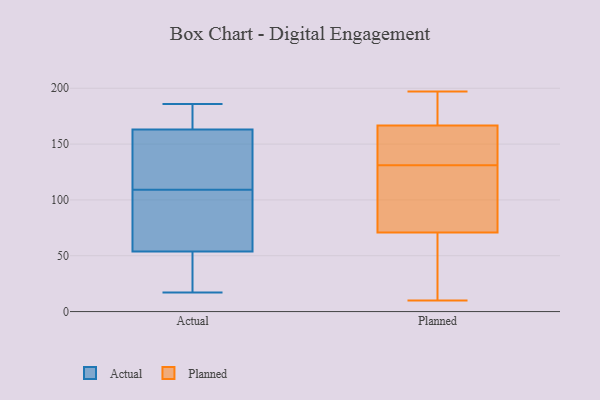
{"axis": {"x": "Population (Million)", "y": "Value"}, "legend": ["Actual", "Planned"], "data": [{"x": "", "y": 172, "type": "Actual"}, {"x": "", "y": 133, "type": "Actual"}, {"x": "", "y": 186, "type": "Actual"}, {"x": "", "y": 85, "type": "Actual"}, {"x": "", "y": 32, "type": "Actual"}, {"x": "", "y": 43, "type": "Actual"}, {"x": "", "y": 160, "type": "Actual"}, {"x": "", "y": 17, "type": "Actual"}, {"x": "", "y": 155, "type": "Actual"}, {"x": "", "y": 113, "type": "Actual"}, {"x": "", "y": 80, "type": "Actual"}, {"x": "", "y": 85, "type": "Actual"}, {"x": "", "y": 164, "type": "Actual"}, {"x": "", "y": 109, "type": "Actual"}, {"x": "", "y": 183, "type": "Actual"}, {"x": "", "y": 52, "type": "Actual"}, {"x": "", "y": 165, "type": "Actual"}, {"x": "", "y": 59, "type": "Actual"}, {"x": "", "y": 18, "type": "Actual"}, {"x": "", "y": 60, "type": "Planned"}, {"x": "", "y": 143, "type": "Planned"}, {"x": "", "y": 166, "type": "Planned"}, {"x": "", "y": 184, "type": "Planned"}, {"x": "", "y": 112, "type": "Planned"}, {"x": "", "y": 10, "type": "Planned"}, {"x": "", "y": 103, "type": "Planned"}, {"x": "", "y": 108, "type": "Planned"}, {"x": "", "y": 167, "type": "Planned"}, {"x": "", "y": 15, "type": "Planned"}, {"x": "", "y": 131, "type": "Planned"}, {"x": "", "y": 137, "type": "Planned"}, {"x": "", "y": 20, "type": "Planned"}, {"x": "", "y": 197, "type": "Planned"}, {"x": "", "y": 189, "type": "Planned"}]}